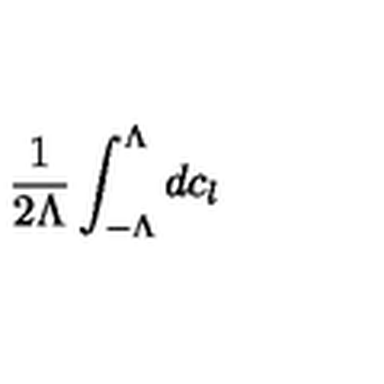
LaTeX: \frac { 1 } { 2 \Lambda } \int _ { - \Lambda } ^ { \Lambda } d c _ { l }